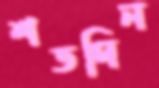
শতদিন